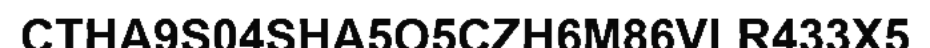
CTHA9S04SHA5O5CZH6M86VLR433X5